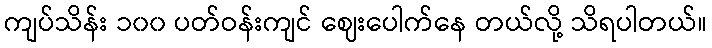
ကျပ်သိန်း ၁၀၀ ပတ်ဝန်းကျင် ဈေးပေါက်နေ တယ်လို့ သိရပါတယ်။